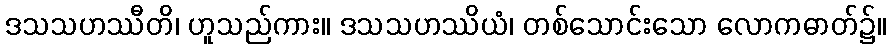
ဒသသဟဿီတိ၊ ဟူသည်ကား။ ဒသသဟဿိယံ၊ တစ်သောင်းသော လောကဓာတ်၌။